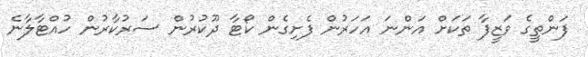
ފަންތީގެ ވަޒީފާ ތަކަށް އަންނަ އަހަރުން ފެށިގެން ކޯޓާ ދޫކުރުން ސަރުކާރުން ހުއްޓާލާނެ